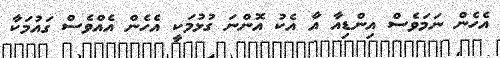
އެހެން ނަމަވެސް އިންޑިއާ އާ އެކު އޮންނަ ގުޅުމަކީ އެހެން އެއްވެސް ގައުމަކާ